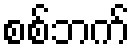
စစ်ဘက်